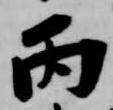
丙